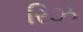
રિઝ